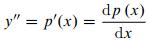
\[ y'' = p'(x) = \frac{\mathrm{d} p(x)}{\mathrm{d} x} \]